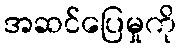
အဆင်ပြေမှုကို